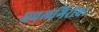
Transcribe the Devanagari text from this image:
धवलगिरीचा